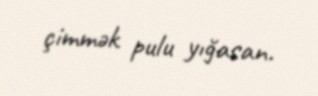
çimmək pulu yığasan.